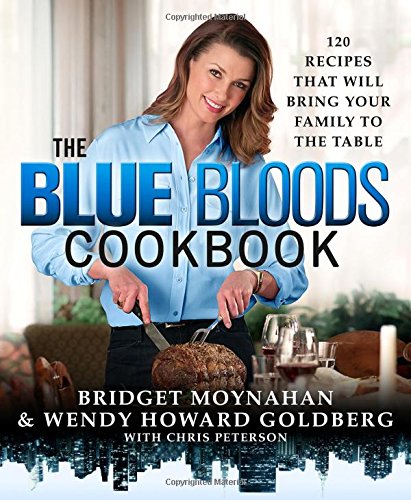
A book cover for The Blue Bloods Cookbook: 120 Recipes That Will Bring Your Family to the Table; Wendy Howard Goldberg; Cookbooks, Food & Wine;